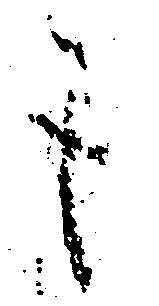
も